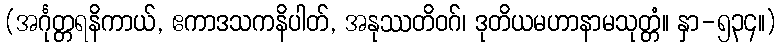
(အင်္ဂုတ္တရနိကာယ်, ဧကာဒသကနိပါတ်, အနုဿတိဝဂ်၊ ဒုတိယမဟာနာမသုတ္တံ။ နှာ-၅၃၄။)